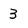
Character: 3